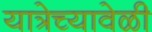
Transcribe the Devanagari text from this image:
यात्रेच्यावेळी